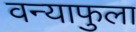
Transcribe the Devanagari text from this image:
वन्याफुला